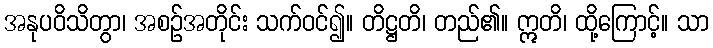
အနုပဝိသိတွာ၊ အစဉ်အတိုင်း သက်ဝင်၍။ တိဋ္ဌတိ၊ တည်၏။ ဣတိ၊ ထို့ကြောင့်။ သာ